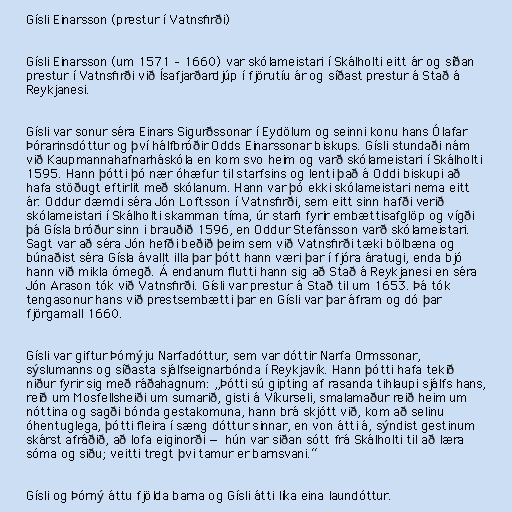
Gísli Einarsson (prestur í Vatnsfirði)

Gísli Einarsson (um 1571 – 1660) var skólameistari í Skálholti eitt ár og síðan
prestur í Vatnsfirði við Ísafjarðardjúp í fjörutíu ár og síðast prestur á Stað á
Reykjanesi.

Gísli var sonur séra Einars Sigurðssonar í Eydölum og seinni konu hans Ólafar
Þórarinsdóttur og því hálfbróðir Odds Einarssonar biskups. Gísli stundaði nám
við Kaupmannahafnarháskóla en kom svo heim og varð skólameistari í Skálholti
1595. Hann þótti þó nær óhæfur til starfsins og lenti það á Oddi biskupi að
hafa stöðugt eftirlit með skólanum. Hann var þó ekki skólameistari nema eitt
ár. Oddur dæmdi séra Jón Loftsson í Vatnsfirði, sem eitt sinn hafði verið
skólameistari í Skálholti skamman tíma, úr starfi fyrir embættisafglöp og vígði
þá Gísla bróður sinn i brauðið 1596, en Oddur Stefánsson varð skólameistari.
Sagt var að séra Jón hefði beðið þeim sem við Vatnsfirði tæki bölbæna og
búnaðist séra Gísla ávallt illa þar þótt hann væri þar í fjóra áratugi, enda bjó
hann við mikla ómegð. Á endanum flutti hann sig að Stað á Reykjanesi en séra
Jón Arason tók við Vatnsfirði. Gísli var prestur á Stað til um 1653. Þá tók
tengasonur hans við prestsembætti þar en Gísli var þar áfram og dó þar
fjörgamall 1660.

Gísli var giftur Þórnýju Narfadóttur, sem var dóttir Narfa Ormssonar,
sýslumanns og síðasta sjálfseignarbónda í Reykjavík. Hann þótti hafa tekið
niður fyrir sig með ráðahagnum: „Þótti sú gipting af rasanda tihlaupi sjálfs hans,
reið um Mosfellsheiði um sumarið, gisti á Víkurseli, smalamaður reið heim um
nóttina og sagði bónda gestakomuna, hann brá skjótt við, kom að selinu
óhentuglega, þótti fleira í sæng dóttur sinnar, en von átti á, sýndist gestinum
skárst afráðið, að lofa eiginorði — hún var siðan sótt frá Skálholti til að læra
sóma og siðu; veitti tregt þvi tamur er barnsvani.“

Gísli og Þórný áttu fjölda barna og Gísli átti líka eina laundóttur.